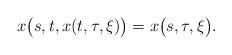
LaTeX: \begin{align*}x\big(s,t,x(t,\tau,\xi)\big)=x\big(s,\tau,\xi\big). \end{align*}